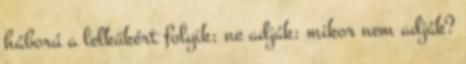
háború a lelkükért folyik; ne adják: mikor nem adják?